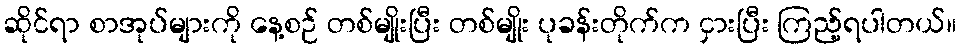
ဆိုင်ရာ စာအုပ်များကို နေ့စဉ် တစ်မျိုးပြီး တစ်မျိုး ပုခန်းတိုက်က ငှားပြီး ကြည့်ရပါတယ်။